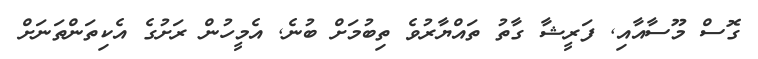
ގޮސް މޫސާއާއި